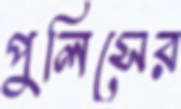
পুলিসের